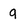
Character: 9